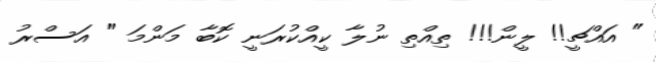
" އައްޗީ!! ލީން!!! ތިއްތި ނުލާ ކީއްކުރަނީ ކޮބާ މަންމަ " އަސްރު